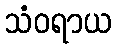
သံဝရာယ